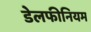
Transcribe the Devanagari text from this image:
डेलफीनियम